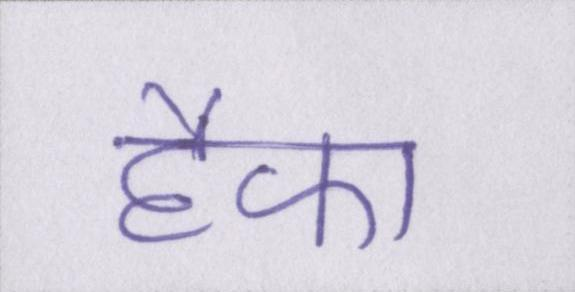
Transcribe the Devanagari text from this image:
हैफा